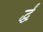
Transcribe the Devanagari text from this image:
र्द्धं